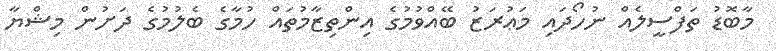
މާބޮޑު ތަފްސީލެއް ނުހޯދައި މަޢުރަޒު ބޭއްވުމުގެ އިންތިޒާމުތައް ހުމާގެ ބެލުމުގެ ދަށުން މިޝްޔާ